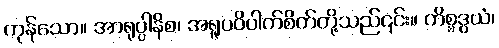
ကုန်သော။ အာရုပ္ပါနိစ၊ အရူပဝိပါက်စိတ်တို့သည်၎င်း။ ကိစ္စဒွယံ၊